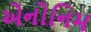
એનોનિમ